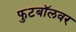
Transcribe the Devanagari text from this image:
फुटबॉलवर